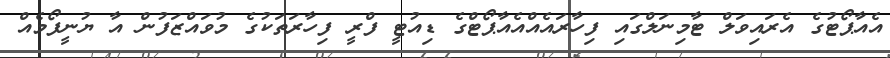
އެއާޕޯޓުގެ އެރައިވަލް ޓާމިނަލްގައި ފިހާރައެއްއެއާޕޯޓްގެ ޑިއުޓީ ފްރީ ފިހާރަތަކުގެ މުވައްޒަފުން އާ ޔުނީފޯމެއް